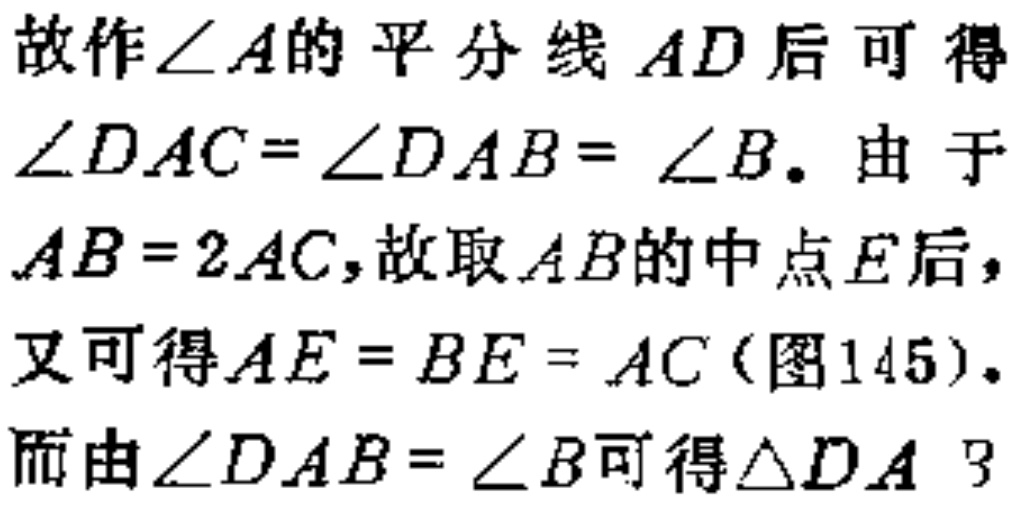
故作\(\angle A\)的平分线\(AD\)后可得\(\angle DAC = \angle DAB = \angle B\)。由于\(AB = 2AC\)，故取\(AB\)的中点\(E\)后，又可得\(AE = BE = AC\)（图145）。而由\(\angle DAB = \angle B\)可得\(\triangle DA\ 3\)